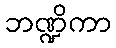
ဘဏ္ဍိကာ